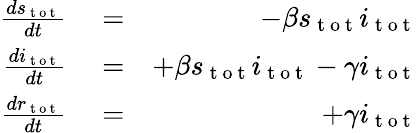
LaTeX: \begin{array}{rlr}{\frac{ds_{\mathrm{~t~o~t~}}}{dt}}&{{}=}&{-\beta s_{\mathrm{~t~o~t~}}i_{\mathrm{~t~o~t~}}}\\ {\frac{di_{\mathrm{~t~o~t~}}}{dt}}&{{}=}&{+\beta s_{\mathrm{~t~o~t~}}i_{\mathrm{~t~o~t~}}-\gamma i_{\mathrm{~t~o~t~}}}\\ {\frac{dr_{\mathrm{~t~o~t~}}}{dt}}&{{}=}&{+\gamma i_{\mathrm{~t~o~t~}}}\end{array}